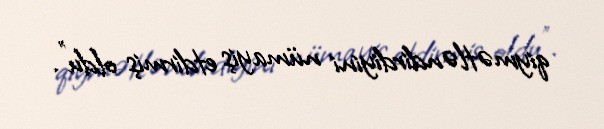
qiymətləndirdiyini nümayiş etdirmiş oldu”.